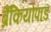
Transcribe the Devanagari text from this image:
ब्रैंकियोपॉड